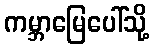
ကမ္ဘာမြေပေါ်သို့